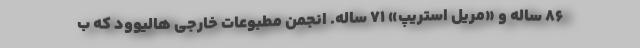
۸۶ ساله و «مریل استریپ» ۷۱ ساله. انجمن مطبوعات خارجی هالیوود که ب